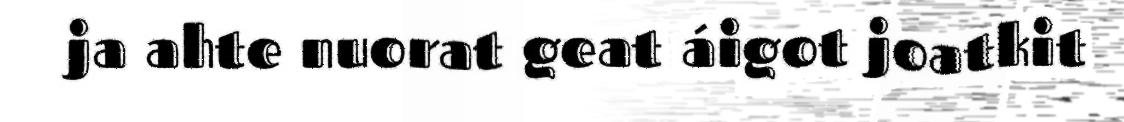
ja ahte nuorat geat áigot joatkit